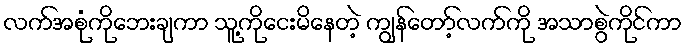
လက်အစုံကိုဘေးချကာ သူ့ကိုငေးမိနေတဲ့ ကျွန်တော့်လက်ကို အသာစွဲကိုင်ကာ